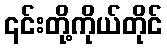
၎င်းတို့ကိုယ်တိုင်